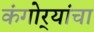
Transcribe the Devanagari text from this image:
कंगोर्‍यांचा